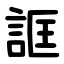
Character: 誆